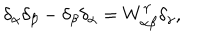
LaTeX: \delta _ { \alpha } \delta _ { \beta } - \delta _ { \beta } \delta _ { \alpha } = W _ { \alpha \beta } ^ { \gamma } \delta _ { \gamma } ,